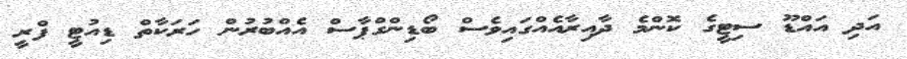
އަދި އައްޑޫ ސިޓީގެ ކޮންމެ ދާއިރާއެއްގައިވެސް ބޯޑިންގްޕާސް އެއްބުރުން ހަރަކާތް ޑިއުޓީ ފްރީ